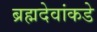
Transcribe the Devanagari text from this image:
ब्रह्मदेवांकडे